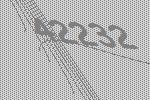
42232